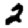
Digit: 2